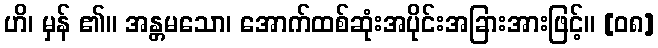
ဟိ၊ မှန် ၏။ အန္တမသော၊ အောက်ထစ်ဆုံးအပိုင်းအခြားအားဖြင့်။ [၀၈]